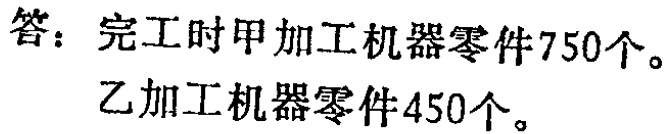
答：完工时甲加工机器零件750个。
乙加工机器零件450个。